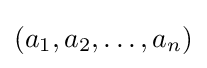
(a_{1},a_{2},\ldots ,a_{n})